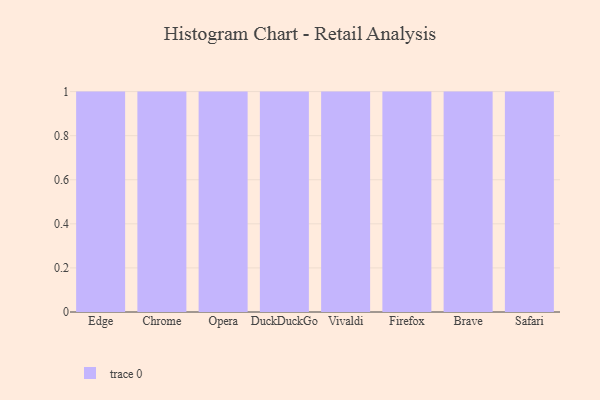
{"axis": {"x": "Browser", "y": "Net Income (USD K)"}, "legend": [""], "data": [{"x": "Edge", "y": 51, "type": ""}, {"x": "Chrome", "y": 8, "type": ""}, {"x": "Opera", "y": 65, "type": ""}, {"x": "DuckDuckGo", "y": 78, "type": ""}, {"x": "Vivaldi", "y": 7, "type": ""}, {"x": "Firefox", "y": 42, "type": ""}, {"x": "Brave", "y": 63, "type": ""}, {"x": "Safari", "y": 25, "type": ""}]}